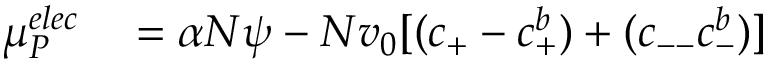
\begin{array} { r l } { { \mu } _ { P } ^ { e l e c } } & { { } = \alpha N \psi - N v _ { 0 } [ ( c _ { + } - c _ { + } ^ { b } ) + ( c _ { -- } c _ { - } ^ { b } ) ] } \end{array}